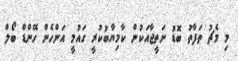
މި މެޗު ތަފާތު ބޮޑު ނަތީޖާއަކުން ކާމިޔާބުކުރީ ގައުމީ އަންހެން ހޭންޑް ބޯލް